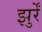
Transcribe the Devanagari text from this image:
झुर्रें